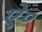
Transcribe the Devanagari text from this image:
ऐ०